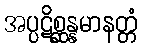
အပ္ပဋိစ္ဆန္နမာနတ္တံ